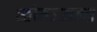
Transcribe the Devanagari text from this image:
स्तोमऽआत्मा